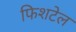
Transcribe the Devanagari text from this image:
फिशटेल